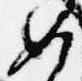
如